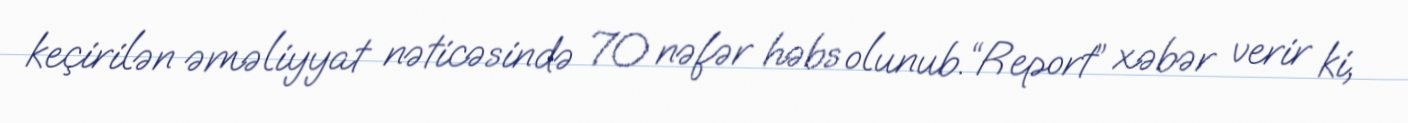
keçirilən əməliyyat nəticəsində 70 nəfər həbs olunub.“Report” xəbər verir ki,